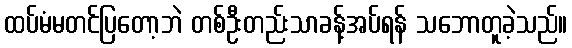
ထပ်မံမတင်ပြတော့ဘဲ တစ်ဦးတည်းသာခန့်အပ်ရန် သဘောတူခဲ့သည်။